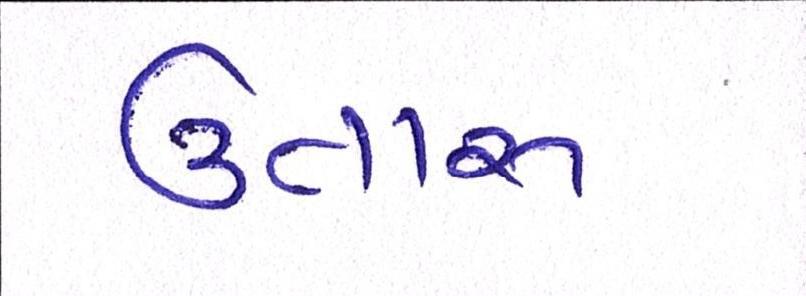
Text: ઉતારુ